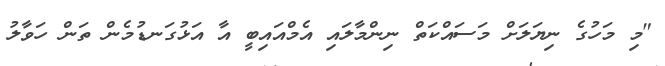
"މި މަހުގެ ނިޔަލަށް މަސައްކަތް ނިންމާލައި އެމްއައިބީ އާ އަޅުގަނޑުމެން ތަން ހަވާލު